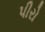
પીરો